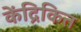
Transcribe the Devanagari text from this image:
केंद्रिकित